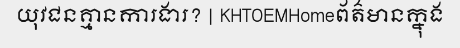
យុវជនគ្មានការងារ? | KHTOEMHomeព័ត៌មានក្នុង